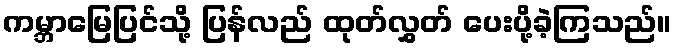
ကမ္ဘာမြေပြင်သို့ ပြန်လည် ထုတ်လွှတ် ပေးပို့ခဲ့ကြသည်။